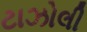
ટાઝોલી